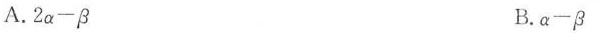
A. $$2 α - β$$ B. $$α - β$$